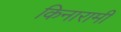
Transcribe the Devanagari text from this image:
किनारामी